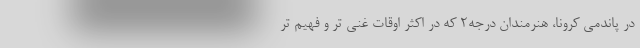
در پاندمی کرونا، هنرمندان درجه٢ که در اکثر اوقات غنی تر و فهیم تر